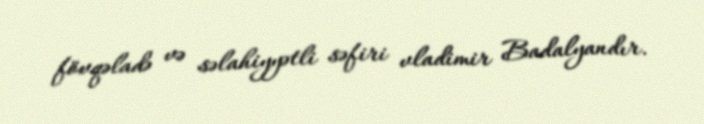
fövqəladə və səlahiyyətli səfiri vladimir Badalyandır.